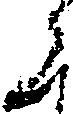
く